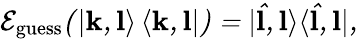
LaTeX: \cal{E}_{\mathrm{guess}}(\left\vert\mathbf{k},\mathbf{l}\right\rangle\left\langle\mathbf{k},\mathbf{l}\right\vert)=\vert\hat{\mathbf{l}},\mathbf{l}\rangle\langle\hat{\mathbf{l}},\mathbf{l}\vert,